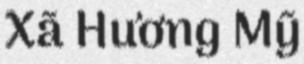
Xã Hương Mỹ